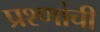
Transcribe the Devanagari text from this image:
प्रश्णांची